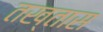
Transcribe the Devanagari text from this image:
तख्तास